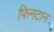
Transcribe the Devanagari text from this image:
फिनटान